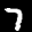
Label: 7